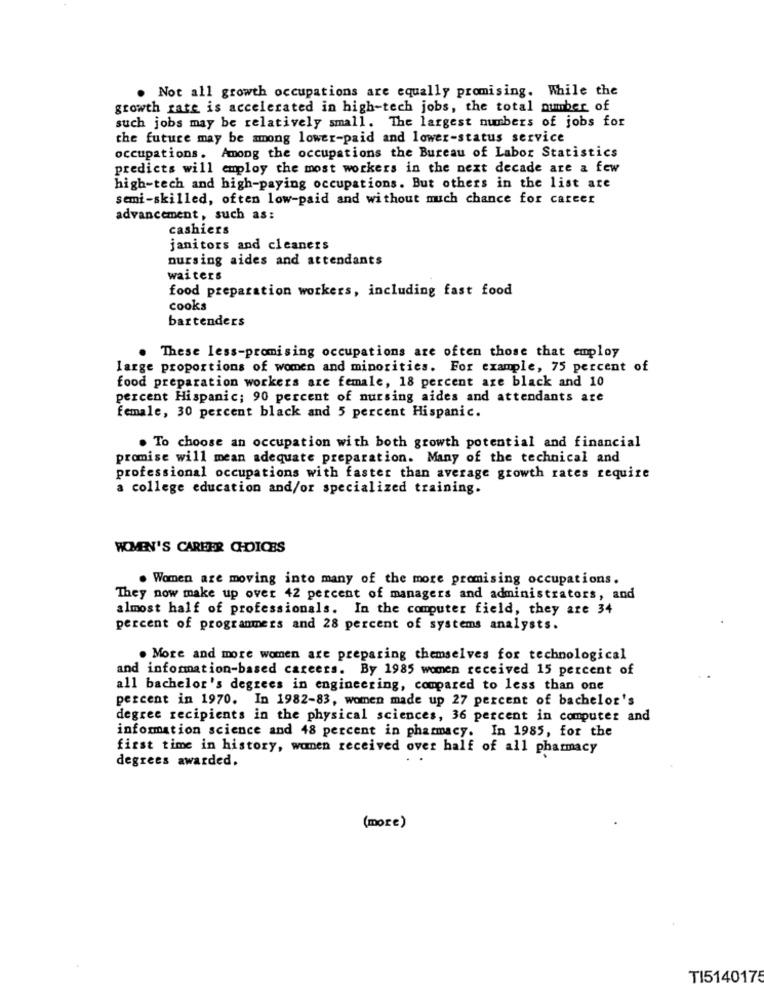
. Not all growth occupations are equally promising. While the
growth rate is accelerated in high-tech jobs, the total number of
such jobs may be relatively small. The largest numbers of jobs for
the future may be among lower-paid and lower-status service
occupations. Among the occupations the Bureau of Labor Statistics
predicts will employ the most workers in the next decade are a few
high-tech and high-paying occupations. But others in the list are
semi-skilled, often low-paid and without much chance for career
advancement, such as:
cashiers
janitors and cleaners
nursing aides and attendants
waiters
food preparation workers, including fast food
cooks
bartenders
. These less-promising occupations are often those that employ
large proportions of women and minorities. For example, 75 percent of
food preparation workers are female, 18 percent are black and 10
percent Hispanic; 90 percent of nursing aides and attendants are
Female, 30 percent black and 5 percent Hispanic.
. To choose an occupation with both growth potential and financial
promise will mean adequate preparation. Many of the technical and
professional occupations with faster than average growth rates require
a college education and/or specialized training.
WOMEN'S CAREER CHOICES
. Women are moving into many of the more promising occupations.
They now make up over 42 percent of managers and administrators, and
almost half of professionals. In the computer field, they are 34
percent of programmers and 28 percent of systems analysts.
. More and more women are preparing themselves for technological
and information-based careers. By 1985 women received 15 percent of
all bachelor's degrees in engineering, compared to less than one
percent in 1970. In 1982-83, women made up 27 percent of bachelor's
degree recipients in the physical sciences, 36 percent in computer and
information science and 48 percent in pharmacy. In 1985, for the
first time in history, women received over half of all pharmacy
degrees awarded.
( more )
TI5140175